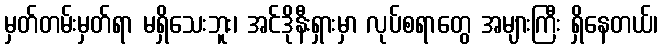
မှတ်တမ်းမှတ်ရာ မရှိသေးဘူး၊ အင်ဒိုနီးရှားမှာ လုပ်စရာတွေ အများကြီး ရှိနေတယ်၊